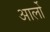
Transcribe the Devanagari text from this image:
आर्लो